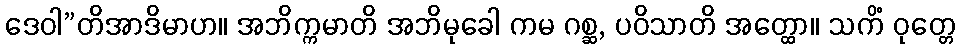
ဒေဝါ”တိအာဒိမာဟ။ အဘိက္ကမာတိ အဘိမုခေါ ကမ ဂစ္ဆ, ပဝိသာတိ အတ္ထော။ သကိံ ဝုတ္တေ